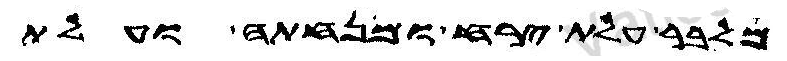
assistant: מלבר עלת ירח ומנחתה ועלת